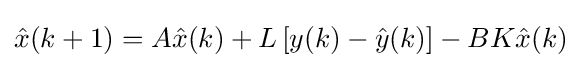
{\hat {x}}(k+1)=A{\hat {x}}(k)+L\left[y(k)-{\hat {y}}(k)\right]-BK{\hat {x}}(k)